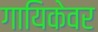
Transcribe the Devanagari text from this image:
गायिकेवर